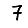
Digit: 7